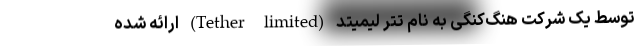
توسط یک شرکت هنگ‌کنگی به نام تتر لیمیتد (Tether limited) ارائه شده